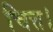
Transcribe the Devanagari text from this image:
चित्त।